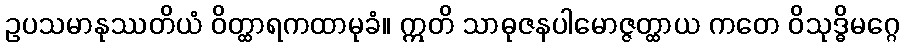
ဥပသမာနုဿတိယံ ဝိတ္ထာရကထာမုခံ။ ဣတိ သာဓုဇနပါမောဇ္ဇတ္ထာယ ကတေ ဝိသုဒ္ဓိမဂ္ဂေ